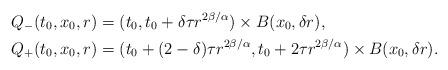
LaTeX: \begin{align*}Q_{-}(t_{0},x_{0},r) & = (t_{0},t_{0}+\delta\tau r^{2\beta/\alpha})\times B(x_{0},\delta r), \\Q_{+}(t_{0},x_{0},r) & = (t_{0}+(2-\delta)\tau r^{2\beta/\alpha},t_{0}+2\tau r^{2\beta/\alpha})\times B(x_{0},\delta r).\end{align*}